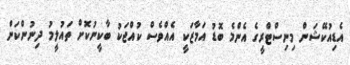
އެޑިއުކޭޝަން މިނިސްޓްރީގެ އެންމެ ބޮޑު އަމާޒަކީ އެއްވެސް ކުއްޖަކު ބާކީނުކޮށް ތައުލީމު ދިނުންކަން